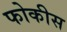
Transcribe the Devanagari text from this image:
फोकीस